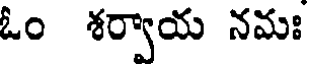
ఓం శర్వాయ నమః